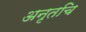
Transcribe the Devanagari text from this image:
अनृतचि